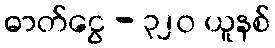
ဓာတ်ငွေ - ၃၂၀ ယူနစ်